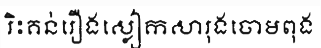
រិះគន់រឿងស្លៀកសារុងចោមពុង